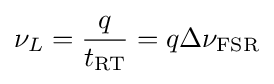
\nu _{L}={\frac {q}{t_{\rm {RT}}}}=q\Delta \nu _{\rm {FSR}}